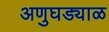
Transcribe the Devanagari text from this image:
अणुघड्याळ